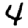
Digit: 4